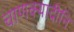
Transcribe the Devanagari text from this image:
चाणक्यादीनि